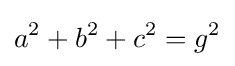
a^{2}+b^{2}+c^{2}=g^{2}